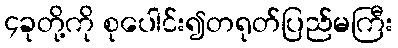
၄ခုတို့ကို စုပေါင်း၍တရုတ်ပြည်မကြီး